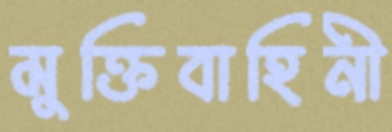
মুক্তিবাহিনী